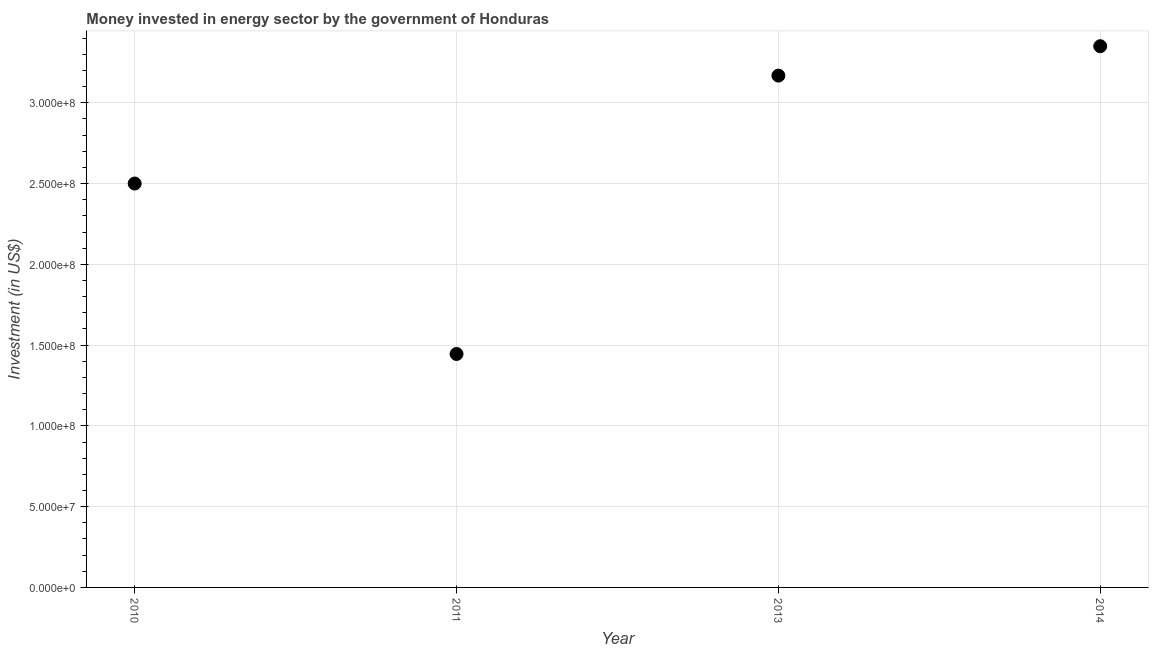
| Year | Investment in energy with private participation (current US$) |
 | --- | --- |
 | 2010 | 2.5e+08 |
 | 2011 | 1.44e+08 |
 | 2013 | 3.17e+08 |
 | 2014 | 3.35e+08 |